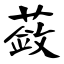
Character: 蔹